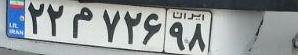
۲۲م۷۲۶۹۸